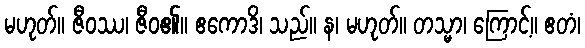
မဟုတ်။ ဇီဝဿ၊ ဇီဝ၏။ ဧကောဒိ၊ သည်။ န၊ မဟုတ်။ တသ္မာ၊ ကြောင့်။ ဧတံ၊